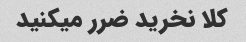
کلا نخرید ضرر میکنید